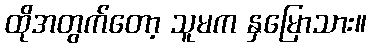
ထိုအတွက်တော့ သူမက နှမြောသား။